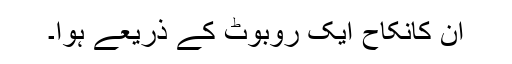
ان کانکاح ایک روبوٹ کے ذریعے ہوا۔